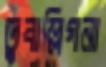
তুবাল্লিগনা